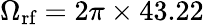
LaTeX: \Omega_{\textrm{rf}}=2\pi\times 43.22